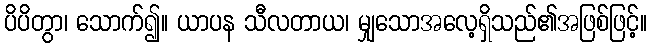
ပိပိတွာ၊ သောက်၍။ ယာပန သီလတာယ၊ မျှသောအလေ့ရှိသည်၏အဖြစ်ဖြင့်။